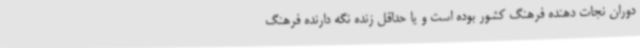
دوران نجات دهنده فرهنگ کشور بوده است و یا حداقل زنده نگه دارنده فرهنگ